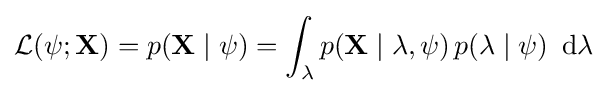
{\mathcal {L}}(\psi ;\mathbf {X} )=p(\mathbf {X} \mid \psi )=\int _{\lambda }p(\mathbf {X} \mid \lambda ,\psi )\,p(\lambda \mid \psi )\ \operatorname {d} \!\lambda